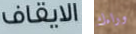
الايقاف وراءك